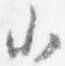
小